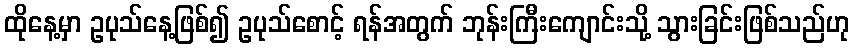
ထိုနေ့မှာ ဥပုသ်နေ့ဖြစ်၍ ဥပုသ်စောင့် ရန်အတွက် ဘုန်းကြီးကျောင်းသို့ သွားခြင်းဖြစ်သည်ဟု